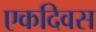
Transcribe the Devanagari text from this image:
एकदिवस